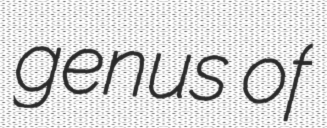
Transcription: genus of